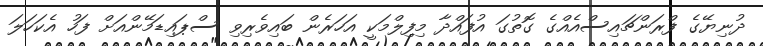
ދުނިޔޭގެ ފްރަންޗައިސްއެއްގެ ގޮތުގަ އުފައްދާ މިފިލްމަކީ އަހަރެން ބައިވެރިވި ސްޕައިޑަމޭންއަށް ފަހު އެކަހަލަ